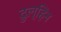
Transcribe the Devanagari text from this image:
दुल्हिन